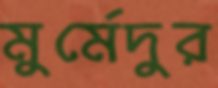
মুর্মেদুর